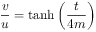
\frac { v } { u } = \operatorname { t a n h } \left( \frac { t } { 4 m } \right)